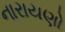
નારાયણો